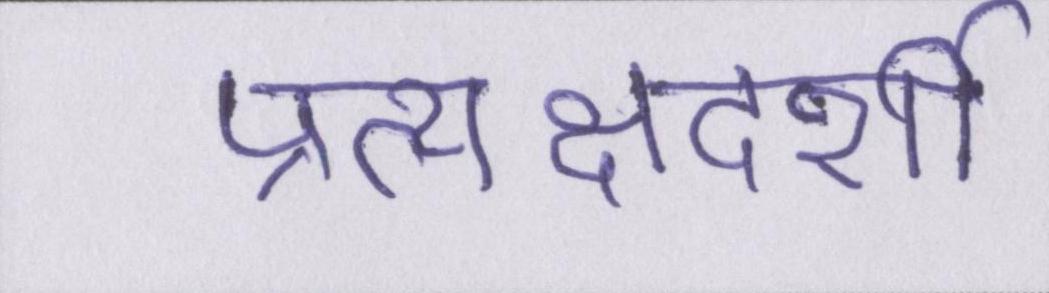
प्रत्यक्षदर्शी